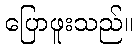
ပြောဖူးသည်။